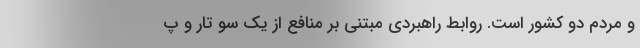
و مردم دو کشور است. روابط راهبردی مبتنی بر منافع از یک سو تار و پ